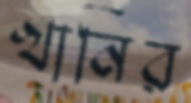
খানির